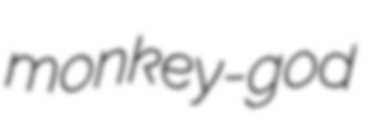
monkey-god